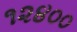
૧૨૪૦૦